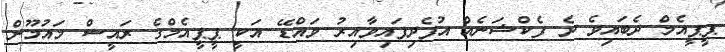
ޕީޕީއެމް ދެބައިވެ ދެ ފެކްޝަނެއް އުފެދިފައިވާއިރު ވައްޑޭ އަކީ ޕީޕީއެމްގެ ރައީސް މައުމޫން